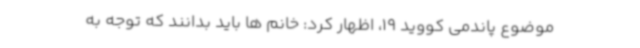
موضوع پاندمی کووید 19، اظهار کرد: خانم ها باید بدانند که توجه به